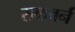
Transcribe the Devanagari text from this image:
राकवर्न